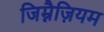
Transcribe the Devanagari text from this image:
जिम्नैज़ियम